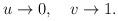
LaTeX: \begin{align*} u \rightarrow 0, \quad v \rightarrow 1.\end{align*}